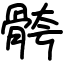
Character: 骻